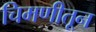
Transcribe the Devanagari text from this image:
चिमणीतून